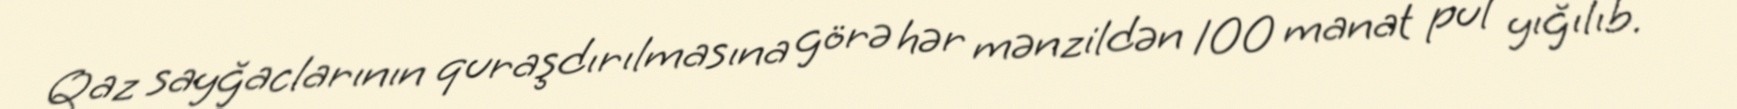
Qaz sayğaclarının quraşdırılmasına görə hər mənzildən 100 manat pul yığılıb.